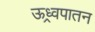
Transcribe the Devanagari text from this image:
ऊध्र्वपातन